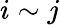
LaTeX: i\sim j